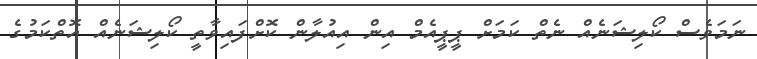
ނަމަވެސް ކޯލިޝަނެއް ނެތް ކަމަށް ޕީޕީއެމް އިން އިއުލާން ކޮށްފައިވާތީ ކޯލިޝަނެއް އޮތްކަމުގެ